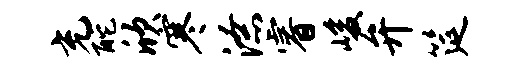
充酡欣寒潦睿峻弁筵